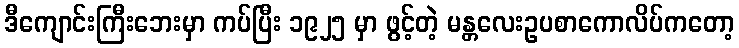
ဒီကျောင်းကြီးဘေးမှာ ကပ်ပြီး ၁၉၂၅ မှာ ဖွင့်တဲ့ မန္တလေးဥပစာကောလိပ်ကတော့